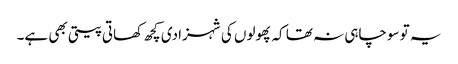
یہ تو سوچاہی نہ تھا کہ پھولوں کی شہزادی کچھ کھاتی پیتی بھی ہے۔